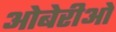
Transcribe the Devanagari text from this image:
ओबेरीओ